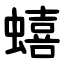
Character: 蟢